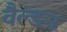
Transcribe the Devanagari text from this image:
वैल्डन